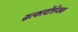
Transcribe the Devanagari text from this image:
सत्कार्योत्तेजक